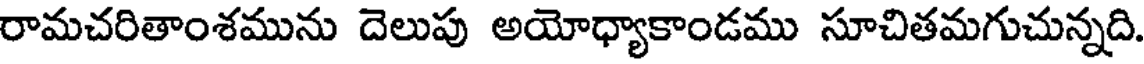
రామచరితాంశమును దెలుపు అయోధ్యాకాండము సూచితమగుచున్నది